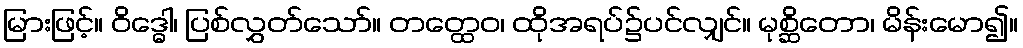
မြားဖြင့်။ ဝိဒ္ဓေါ၊ ပြစ်လွှတ်သော်။ တတ္ထေဝ၊ ထိုအရပ်၌ပင်လျှင်။ မုစ္ဆိတော၊ မိန်းမော၍။